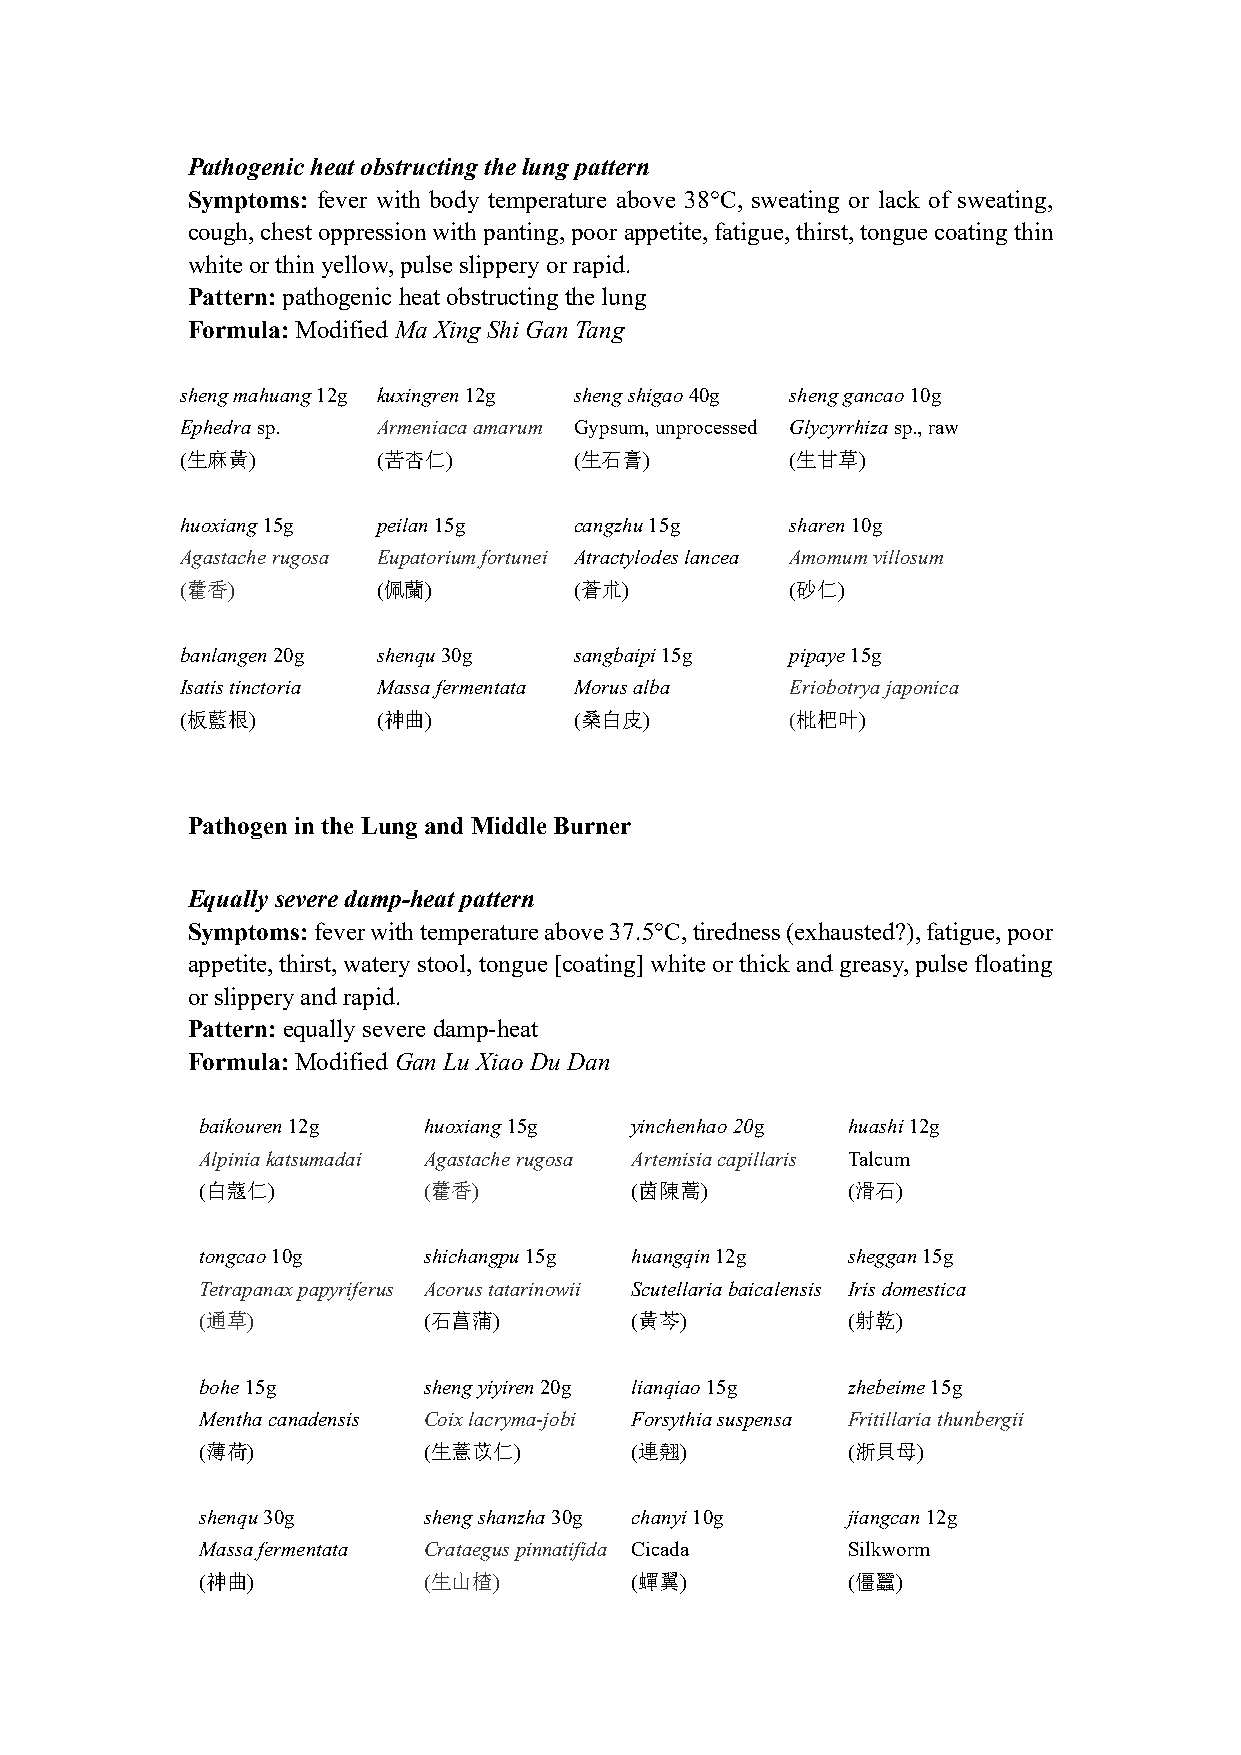
Pathogenic heat obstructing the lung pattern
 Symptoms: fever with body temperature above 38°C, sweating or lack of sweating,
 cough, chest oppression with panting, poor appetite, fatigue, thirst, tongue coating thin
 white or thin yellow, pulse slippery or rapid.
 Pattern: pathogenic heat obstructing the lung
 Formula: Modified Ma Xing Shi Gan Tang
 sheng mahuang 12g kuxingren 12g sheng shigao 40g sheng gancao 10g
 Ephedra sp.  Armeniaca amarum Gypsum, unprocessed Glycyrrhiza sp., raw
 (生麻黃)        (苦杏仁)        (生石膏)         (生甘草)
 huoxiang 15g peilan 15g   cangzhu 15g   sharen 10g
 Agastache rugosa Eupatorium fortunei Atractylodes lancea Amomum villosum
 (藿香)         (佩蘭)         (蒼朮)          (砂仁)
 banlangen 20g shenqu 30g  sangbaipi 15g pipaye 15g
 Isatis tinctoria Massa fermentata Morus alba Eriobotrya japonica
 (板藍根)        (神曲)         (桑白皮)         (枇杷叶)
 Pathogen in the Lung and Middle Burner
 Equally severe damp-heat pattern
 Symptoms: fever with temperature above 37.5°C, tiredness (exhausted?), fatigue, poor
 appetite, thirst, watery stool, tongue [coating] white or thick and greasy, pulse floating
 or slippery and rapid.
 Pattern: equally severe damp-heat
 Formula: Modified Gan Lu Xiao Du Dan
 baikouren 12g  huoxiang 15g  yinchenhao 20g huashi 12g
 Alpinia katsumadai Agastache rugosa Artemisia capillaris Talcum
 (白蔻仁)          (藿香)          (茵陳蒿)         (滑石)
 tongcao 10g    shichangpu 15g huangqin 12g sheggan 15g
 Tetrapanax papyriferus Acorus tatarinowii Scutellaria baicalensis Iris domestica
 (通草)           (石菖蒲)         (黃芩)          (射乾)
 bohe 15g       sheng yiyiren 20g lianqiao 15g zhebeime 15g
 Mentha canadensis Coix lacryma-jobi Forsythia suspensa Fritillaria thunbergii
 (薄荷)           (生薏苡仁)        (連翹)          (浙貝母)
 shenqu 30g     sheng shanzha 30g chanyi 10g jiangcan 12g
 Massa fermentata Crataegus pinnatifida Cicada Silkworm
 (神曲)           (生山楂)         (蟬翼)          (僵蠶)